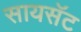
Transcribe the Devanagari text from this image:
सायसॅट